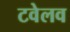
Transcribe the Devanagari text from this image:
टवेलव